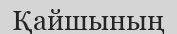
Қайшының